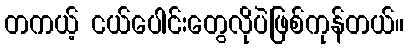
တကယ့် ငယ်ပေါင်းတွေလိုပဲဖြစ်ကုန်တယ်။